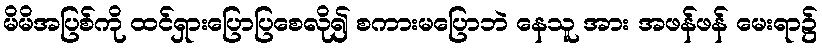
မိမိအပြစ်ကို ထင်ရှားပြောပြစေလို၍ စကားမပြောဘဲ နေသူ အား အဖန်ဖန် မေးရာ၌